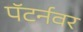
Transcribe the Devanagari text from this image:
पॅटर्नवर